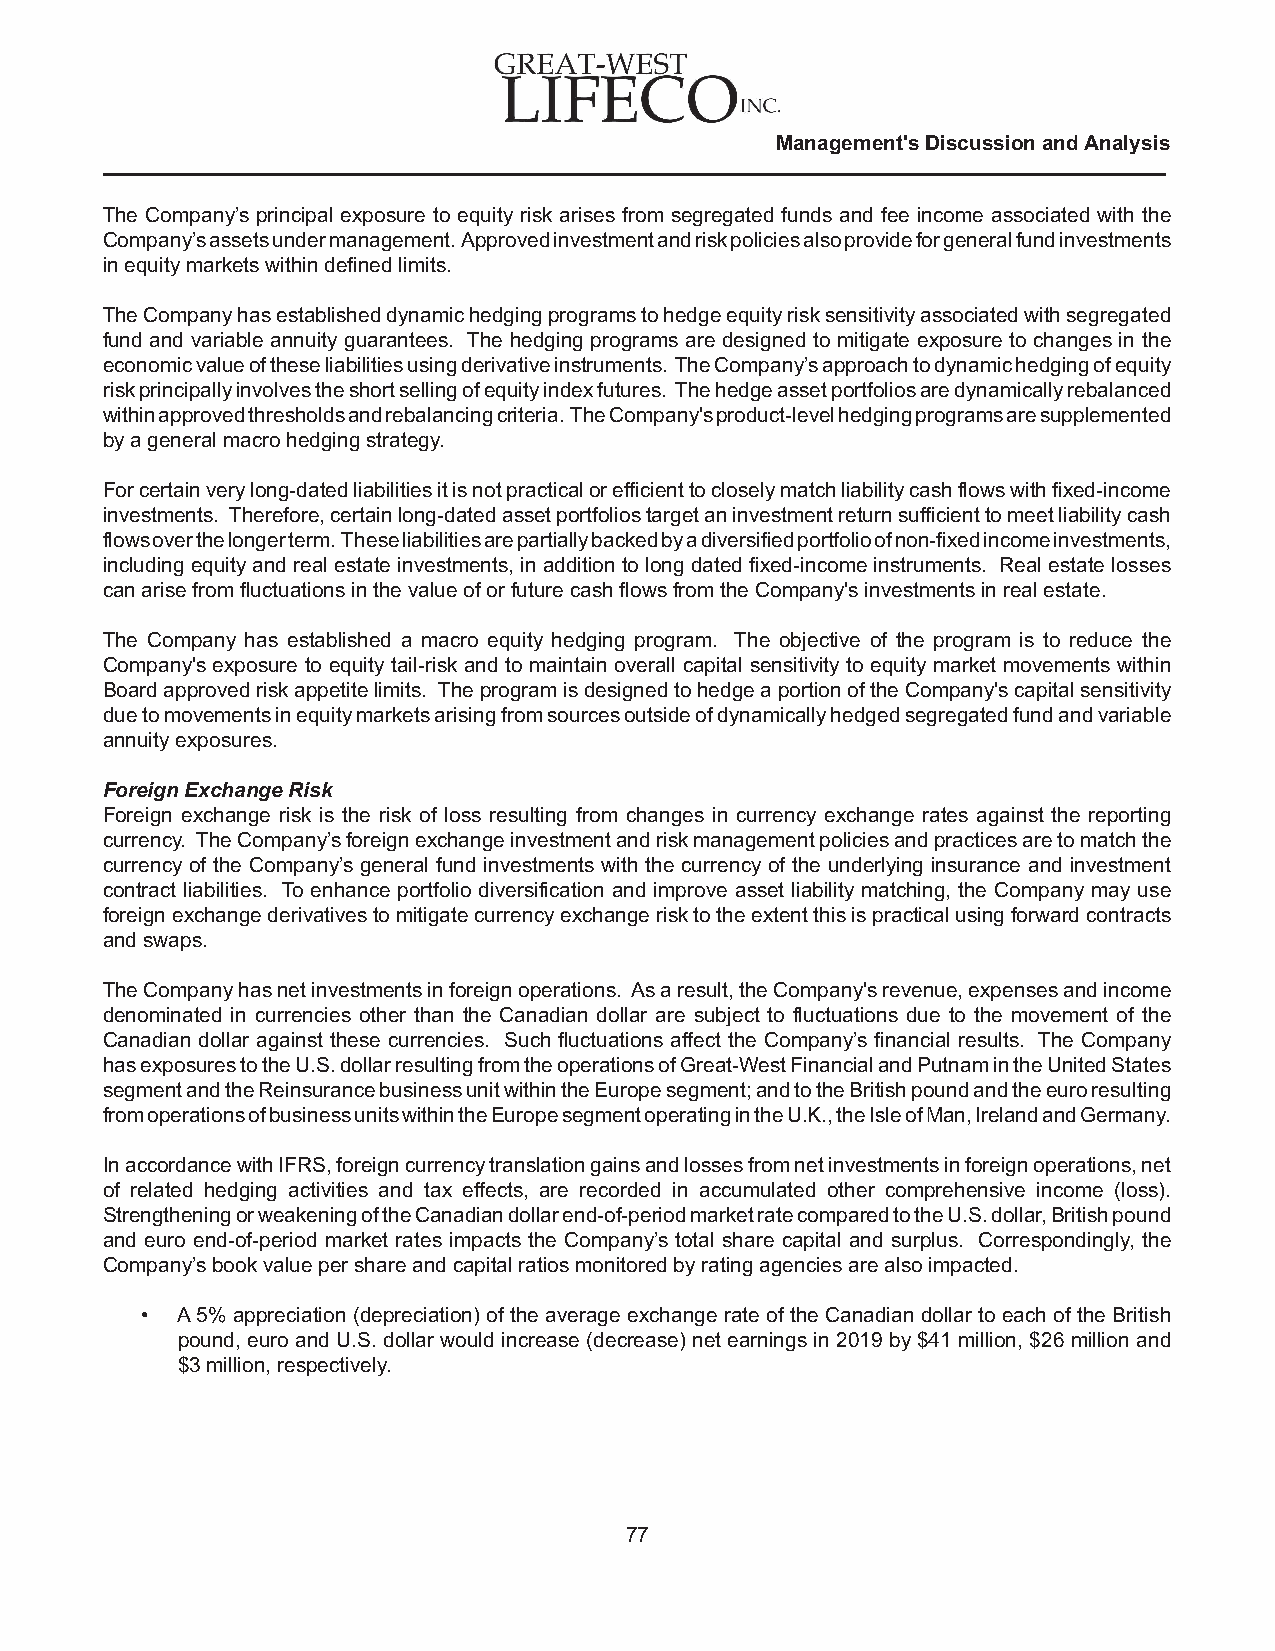
Management's Discussion and Analysis
 The Company’s principal exposure to equity risk arises from segregated funds and fee income associated with the
 Company’s assets under management. Approved investment and risk policies also provide for general fund investments
 in equity markets within defined limits.
 The Company has established dynamic hedging programs to hedge equity risk sensitivity associated with segregated
 fund and variable annuity guarantees. The hedging programs are designed to mitigate exposure to changes in the
 economic value of these liabilities using derivative instruments. The Company’s approach to dynamic hedging of equity
 risk principally involves the short selling of equity index futures. The hedge asset portfolios are dynamically rebalanced
 within approved thresholds and rebalancing criteria. The Company's product-level hedging programs are supplemented
 by a general macro hedging strategy.
 For certain very long-dated liabilities it is not practical or efficient to closely match liability cash flows with fixed-income
 investments. Therefore, certain long-dated asset portfolios target an investment return sufficient to meet liability cash
 flows over the longer term. These liabilities are partially backed by a diversified portfolio of non-fixed income investments,
 including equity and real estate investments, in addition to long dated fixed-income instruments. Real estate losses
 can arise from fluctuations in the value of or future cash flows from the Company's investments in real estate.
 The Company has established a macro equity hedging program. The objective of the program is to reduce the
 Company's exposure to equity tail-risk and to maintain overall capital sensitivity to equity market movements within
 Board approved risk appetite limits. The program is designed to hedge a portion of the Company's capital sensitivity
 due to movements in equity markets arising from sources outside of dynamically hedged segregated fund and variable
 annuity exposures.
 Foreign Exchange Risk
 Foreign exchange risk is the risk of loss resulting from changes in currency exchange rates against the reporting
 currency. The Company’s foreign exchange investment and risk management policies and practices are to match the
 currency of the Company’s general fund investments with the currency of the underlying insurance and investment
 contract liabilities. To enhance portfolio diversification and improve asset liability matching, the Company may use
 foreign exchange derivatives to mitigate currency exchange risk to the extent this is practical using forward contracts
 and swaps.
 The Company has net investments in foreign operations. As a result, the Company's revenue, expenses and income
 denominated in currencies other than the Canadian dollar are subject to fluctuations due to the movement of the
 Canadian dollar against these currencies. Such fluctuations affect the Company’s financial results. The Company
 has exposures to the U.S. dollar resulting from the operations of Great-West Financial and Putnam in the United States
 segment and the Reinsurance business unit within the Europe segment; and to the British pound and the euro resulting
 from operations of business units within the Europe segment operating in the U.K., the Isle of Man, Ireland and Germany.
 In accordance with IFRS, foreign currency translation gains and losses from net investments in foreign operations, net
 of related hedging activities and tax effects, are recorded in accumulated other comprehensive income (loss).
 Strengthening or weakening of the Canadian dollar end-of-period market rate compared to the U.S. dollar, British pound
 and euro end-of-period market rates impacts the Company’s total share capital and surplus. Correspondingly, the
 Company’s book value per share and capital ratios monitored by rating agencies are also impacted.
 •  A 5% appreciation (depreciation) of the average exchange rate of the Canadian dollar to each of the British
 pound, euro and U.S. dollar would increase (decrease) net earnings in 2019 by $41 million, $26 million and
 $3 million, respectively.
 77